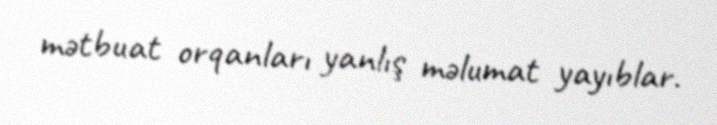
mətbuat orqanları yanlış məlumat yayıblar.